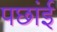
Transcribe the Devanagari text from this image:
पछांई